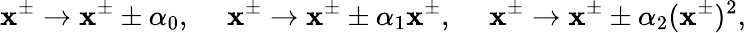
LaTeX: \mathbf{x}^{\pm}\rightarrow\mathbf{x}^{\pm}\pm\alpha_{0},~~~~~\mathbf{x}^{\pm}\rightarrow\mathbf{x}^{\pm}\pm\alpha_{1}\mathbf{x}^{\pm},~~~~~\mathbf{x}^{\pm}\rightarrow\mathbf{x}^{\pm}\pm\alpha_{2}(\mathbf{x}^{\pm})^{2},